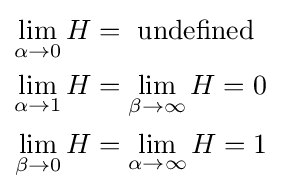
{\begin{aligned}\lim _{\alpha \to 0}H&={\text{ undefined }}\\\lim _{\alpha \to 1}H&=\lim _{\beta \to \infty }H=0\\\lim _{\beta \to 0}H&=\lim _{\alpha \to \infty }H=1\end{aligned}}